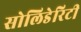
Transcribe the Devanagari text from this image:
सोलिडेरिटी